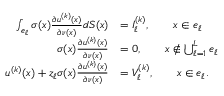
\begin{array} { r l } { \int _ { e _ { \ell } } \sigma ( x ) \frac { \partial u ^ { ( k ) } ( x ) } { \partial \nu ( x ) } d S ( x ) } & { = I _ { \ell } ^ { ( k ) } , \qquad x \in e _ { \ell } } \\ { \sigma ( x ) \frac { \partial u ^ { ( k ) } ( x ) } { \partial \nu ( x ) } } & { = 0 , \qquad x \notin \bigcup _ { \ell = 1 } ^ { L } e _ { \ell } } \\ { u ^ { ( k ) } ( x ) + z _ { \ell } \sigma ( x ) \frac { \partial u ^ { ( k ) } ( x ) } { \partial \nu ( x ) } } & { = V _ { \ell } ^ { ( k ) } , \qquad x \in e _ { \ell } . } \end{array}